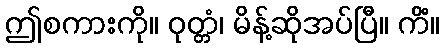
ဤစကားကို။ ဝုတ္တံ၊ မိန့်ဆိုအပ်ပြီ။ ကိံ။